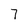
Character: 7